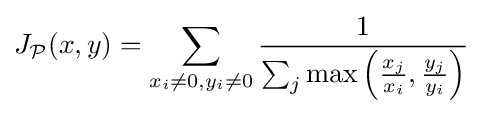
J_{\mathcal {P}}(x,y)=\sum _{x_{i}\neq 0,y_{i}\neq 0}{\frac {1}{\sum _{j}\max \left({\frac {x_{j}}{x_{i}}},{\frac {y_{j}}{y_{i}}}\right)}}